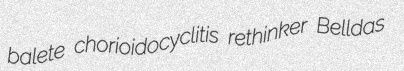
balete chorioidocyclitis rethinker Belldas